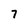
Character: 7